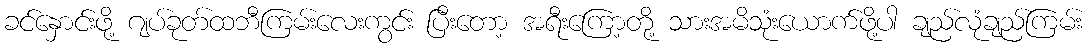
ခင်နှောင်းဖို့ ဂျပ်ခုတ်ထဘီကြမ်းလေးကွင်း ပြီးတော့ အရီးကြော့တို့ သားအမိသုံးယောက်ဖို့ပါ ချည်လုံချည်ကြမ်း